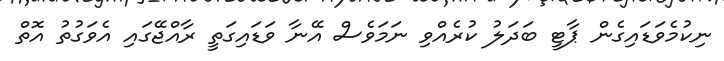
ނިކުމެވަޑައިގެން ޕާޓީ ބަދަލު ކުރެއްވި ނަމަވެސް އޭނާ ވަޑައިގަތީ ރާއްޖޭގައި އެވަގުތު އޮތް